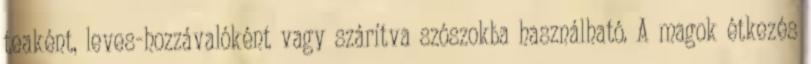
teaként, leves-hozzávalóként vagy szárítva szószokba használható. A magok étkezés